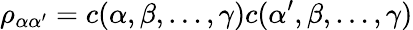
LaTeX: \rho_{\alpha\alpha^{\prime}}=c(\alpha,\beta,\dots,\gamma)c(\alpha^{\prime},\beta,\dots,\gamma)